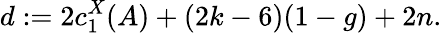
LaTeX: d:=2c_{1}^{X}(A)+(2k-6)(1-g)+2n.